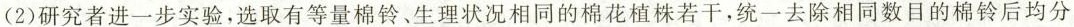
(2)研究者进一步实验，选取有等量棉铃、生理状况相同的棉花植株若干，统一去除相同数目的棉铃后均分